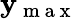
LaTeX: \mathbf{y}_{\mathrm{{~m~a~x~}}}